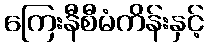
ကြေးနီစီမံကိန်းနှင့်